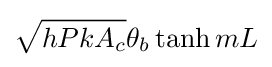
{\sqrt {hPkA_{c}}}\theta _{b}\tanh {mL}